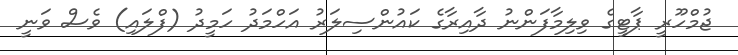
ޖުމްހޫރީ ޕާޓީގެ ވިލިމާފަންނު ދާއިރާގެ ކައުންސިލަރު އަހްމަދު ހަމީދު (ފްލައި) ވެސް ވަނީ